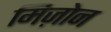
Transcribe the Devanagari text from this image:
मिज़ोन